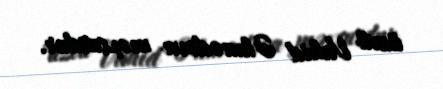
üzvü Vahid Əhmədova məxsusdur.